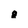
Character: 8